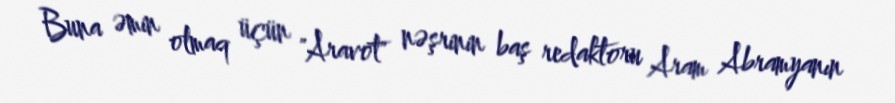
Buna əmin olmaq üçün "Aravot" nəşrinin baş redaktoru Aram Abramyanın